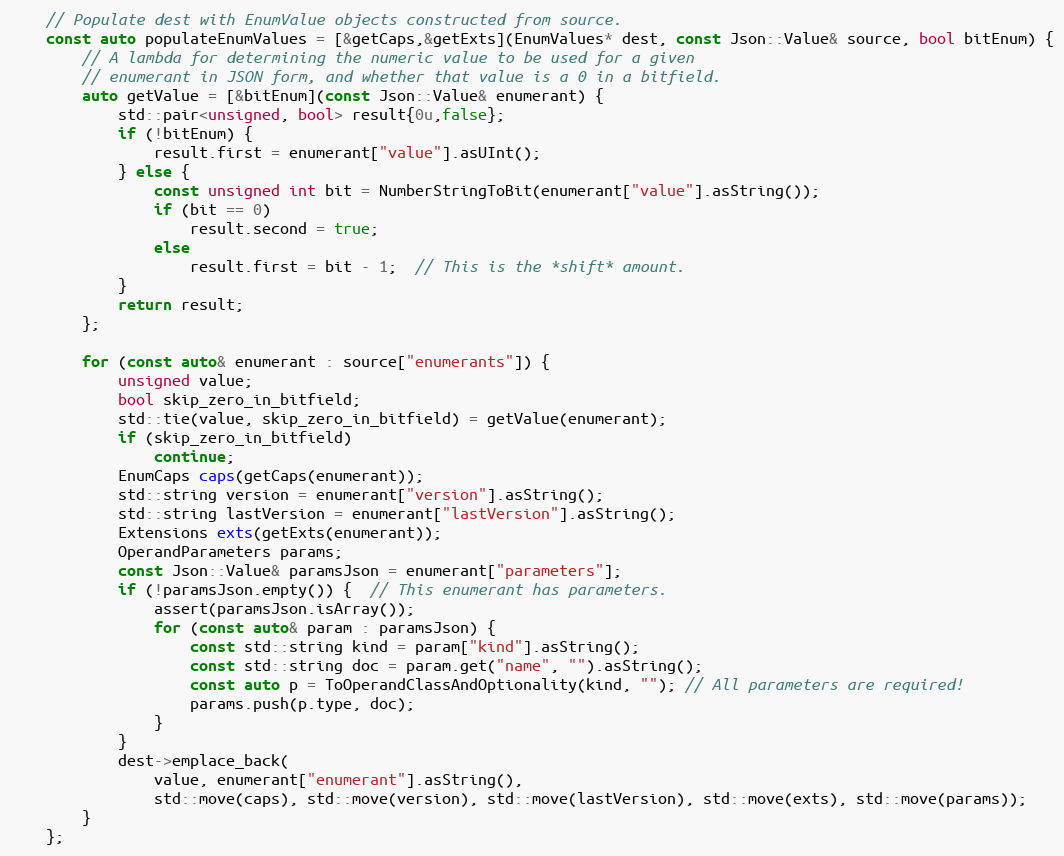
Language: C++
    // Populate dest with EnumValue objects constructed from source.
    const auto populateEnumValues = [&getCaps,&getExts](EnumValues* dest, const Json::Value& source, bool bitEnum) {
        // A lambda for determining the numeric value to be used for a given
        // enumerant in JSON form, and whether that value is a 0 in a bitfield.
        auto getValue = [&bitEnum](const Json::Value& enumerant) {
            std::pair<unsigned, bool> result{0u,false};
            if (!bitEnum) {
                result.first = enumerant["value"].asUInt();
            } else {
                const unsigned int bit = NumberStringToBit(enumerant["value"].asString());
                if (bit == 0)
                    result.second = true;
                else
                    result.first = bit - 1;  // This is the *shift* amount.
            }
            return result;
        };

        for (const auto& enumerant : source["enumerants"]) {
            unsigned value;
            bool skip_zero_in_bitfield;
            std::tie(value, skip_zero_in_bitfield) = getValue(enumerant);
            if (skip_zero_in_bitfield)
                continue;
            EnumCaps caps(getCaps(enumerant));
            std::string version = enumerant["version"].asString();
            std::string lastVersion = enumerant["lastVersion"].asString();
            Extensions exts(getExts(enumerant));
            OperandParameters params;
            const Json::Value& paramsJson = enumerant["parameters"];
            if (!paramsJson.empty()) {  // This enumerant has parameters.
                assert(paramsJson.isArray());
                for (const auto& param : paramsJson) {
                    const std::string kind = param["kind"].asString();
                    const std::string doc = param.get("name", "").asString();
                    const auto p = ToOperandClassAndOptionality(kind, ""); // All parameters are required!
                    params.push(p.type, doc);
                }
            }
            dest->emplace_back(
                value, enumerant["enumerant"].asString(),
                std::move(caps), std::move(version), std::move(lastVersion), std::move(exts), std::move(params));
        }
    };